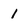
Character: i